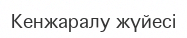
Кенжаралу жүйесі